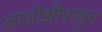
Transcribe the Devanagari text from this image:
लाओझीपासून